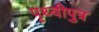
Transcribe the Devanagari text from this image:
पृथ्वीपुत्र